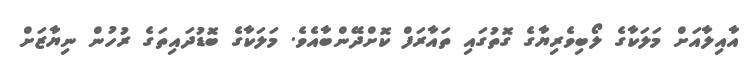
އާއިލާއަށް މަލަކާގެ ލޯބިވެރިޔާގެ ގޮތުގައި ތައާރަފް ކޮށްދޭންބާއެވެ. މަލަކާގެ ބޮޑުދައިތަގެ ރުހުން ނިޔާޒަށް